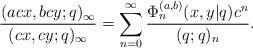
LaTeX: \begin{align*}\frac{( acx, bcy; q)_\infty}{(cx, cy; q)_\infty}=\sum_{n=0}^\infty \frac{\Phi_n^{(a, b)}(x, y|q)c^n}{(q; q)_n}.\end{align*}